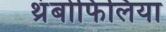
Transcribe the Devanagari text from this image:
थ्रंबोफिलिया